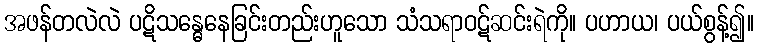
အဖန်တလဲလဲ ပဋိသန္ဓေနေခြင်းတည်းဟူသော သံသရာဝဋ်ဆင်းရဲကို။ ပဟာယ၊ ပယ်စွန့်၍။